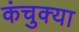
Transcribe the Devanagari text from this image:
कंचुक्या